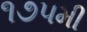
૧૭૫મી